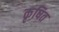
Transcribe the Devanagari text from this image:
कृषित